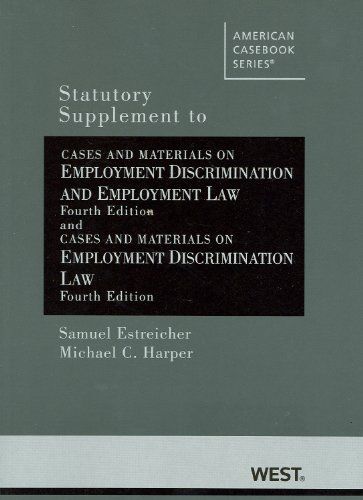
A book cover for Statutory Supplement to Cases and Materials on Employment Discrimination and Employment Law (American Casebook Series); Samuel Estreicher; Law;